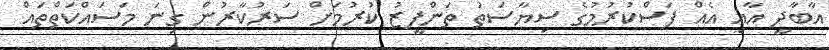
އާބާދީ އާއި އެއް ފަސްކުރުމުގެ ސިޔާސަތު ތަންފީޒު ކުރުމަށް ސަރުކާރުން ގިނަ މަސައްކަތްތައް